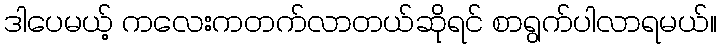
ဒါပေမယ့် ကလေးကတက်လာတယ်ဆိုရင် စာရွက်ပါလာရမယ်။